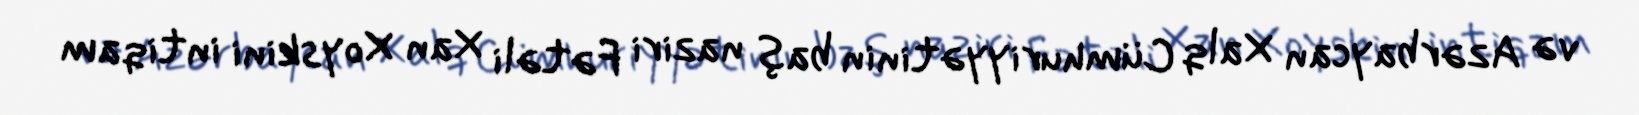
və Azərbaycan Xalq Cümhuriyyətinin baş naziri Fətəli Xan Xoyskini intiqam